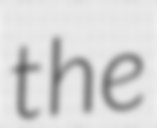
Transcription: the